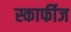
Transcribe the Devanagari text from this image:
स्कार्फीज